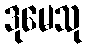
ဒုမေသု